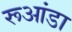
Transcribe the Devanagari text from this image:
रूआंडा